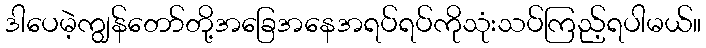
ဒါပေမဲ့ကျွန်တော်တို့အခြေအနေအရပ်ရပ်ကိုသုံးသပ်ကြည့်ရပါမယ်။